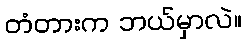
တံတားက ဘယ်မှာလဲ။